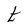
Character: t